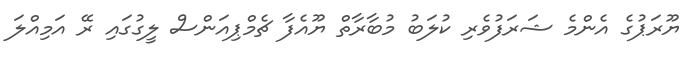
ޔޫރަޕުގެ އެންމެ ޝަރަފުވެރި ކުލަބު މުބާރާތް ޔޫއެފާ ޗެމްޕިއަންސް ލީގުގައި ރޭ އަމިއްލަ